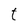
Character: t